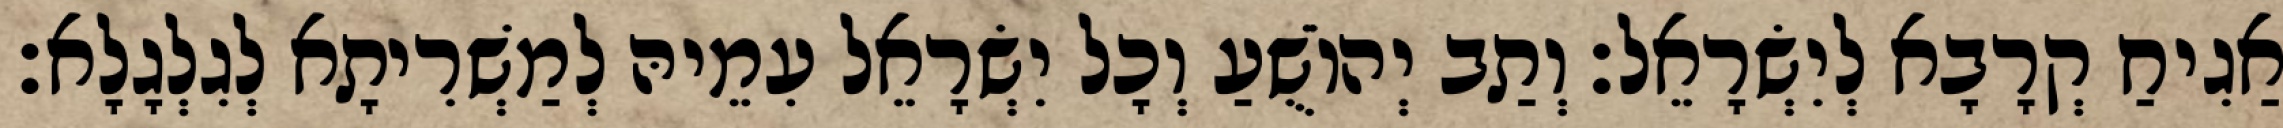
אַגִיחַ קְרָבָא לְיִשְׂרָאֵל׃ וְתַב יְהוֹשֻׁעַ וְכָל יִשְׂרָאֵל עִמֵיהּ לְמַשְׁרִיתָא לְגִלְגָלָא׃